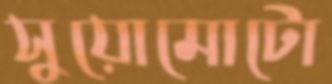
সুয়োমোটো